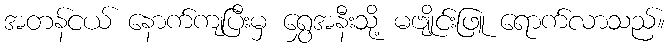
အတန်ငယ် နောက်ကျပြီးမှ ရွှေအနီးသို့ မဗျိုင်းဖြူ ရောက်လာသည်။